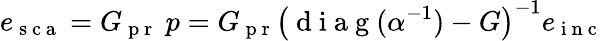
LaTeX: e_{\mathrm{~s~c~a~}}=G_{\mathrm{~p~r~}}~p=G_{\mathrm{~p~r~}}\left(\mathrm{~d~i~a~g~}(\alpha^{-1})-G\right)^{-1}e_{\mathrm{~i~n~c~}}